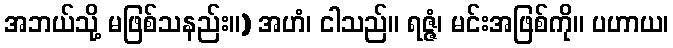
အဘယ်သို့ မဖြစ်သနည်း။) အဟံ၊ ငါသည်။ ရဇ္ဇံ၊ မင်းအဖြစ်ကို။ ပဟာယ၊